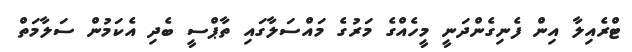
ޓްރެއިލާ އިން ފެނިގެންދަނީ މީހެއްގެ މަރުގެ މައްސަލާގައި ތާޕްސީ ބެދި އެކަމުން ސަލާމަތް